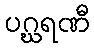
ပဂ္ဃရဏီ